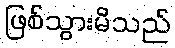
ဖြစ်သွားမိသည်